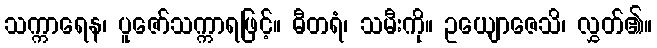
သက္ကာရေန၊ ပူဇော်သက္ကာရဖြင့်။ ဓီတရံ၊ သမီးကို။ ဥယျောဇေသိ၊ လွှတ်၏။